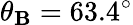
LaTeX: \theta_{\mathbf{B}}=63.4^{\circ}